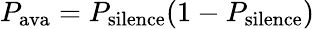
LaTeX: P_{\textrm{ava}}=P_{\textrm{silence}}(1-P_{\textrm{silence}})